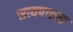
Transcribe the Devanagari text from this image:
सत्यपालक